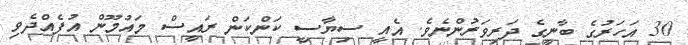
30 އަހަރުގެ ބާނީގެ ދަރިވަރުންނެވެ. އެއީ ސިޔާސީ ކަންކަން ރައީސް މައުމޫން އުފެއްދެވި